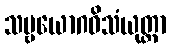
သဗ္ဗယောဂဝိသံယုတ္တာ